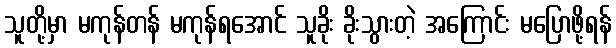
သူတို့မှာ မကုန်တန် မကုန်ရအောင် သူခိုး ခိုးသွားတဲ့ အကြောင်း မပြောဖို့ရန်